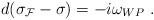
LaTeX: \begin{align*}d(\sigma_{\cal F} - \sigma) = -i\omega_{WP}~.\end{align*}